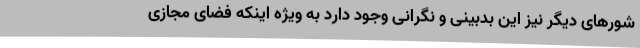
شورهای دیگر نیز این بدبینی و نگرانی وجود دارد به ویژه اینکه فضای مجازی